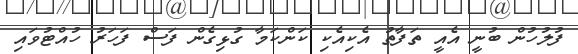
ފުލުހުން ބުނީ އެއީ ތަފާތު އެކިއެކި ކަންކަމާ ގުޅިގެން ފަސް ފަހަރު ހުއްޓުވައި